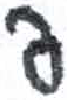
אות: פ